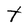
Character: t